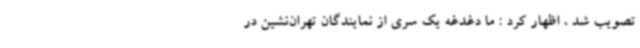
تصویب شد ، اظهار کرد : ما دغدغه یک سری از نمایندگان تهران‌نشین در